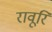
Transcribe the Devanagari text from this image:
रावूरि